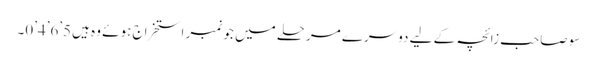
سو صاحب زائچہ کے لیے دوسرے مرحلے میں جو نمبر استخراج ہوئے وہ ہیں5’6’4’0۔